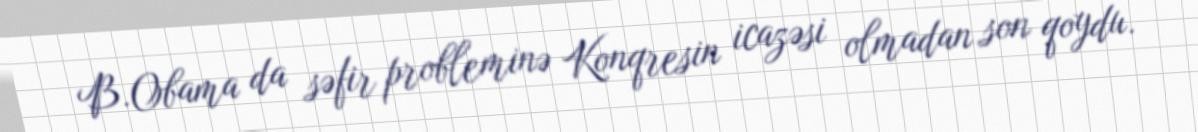
B.Obama da səfir probleminə Konqresin icazəsi olmadan son qoydu.